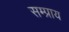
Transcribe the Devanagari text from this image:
सम्प्राय